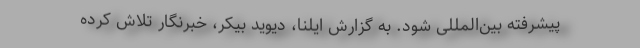
پیشرفته بین‌المللی شود. به گزارش ایلنا، دیوید بیکر، خبرنگار تلاش کرده